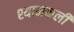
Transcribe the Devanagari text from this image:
श्यामकली